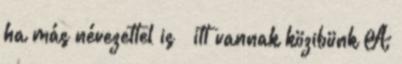
ha más névezettel is – itt vannak közibünk A